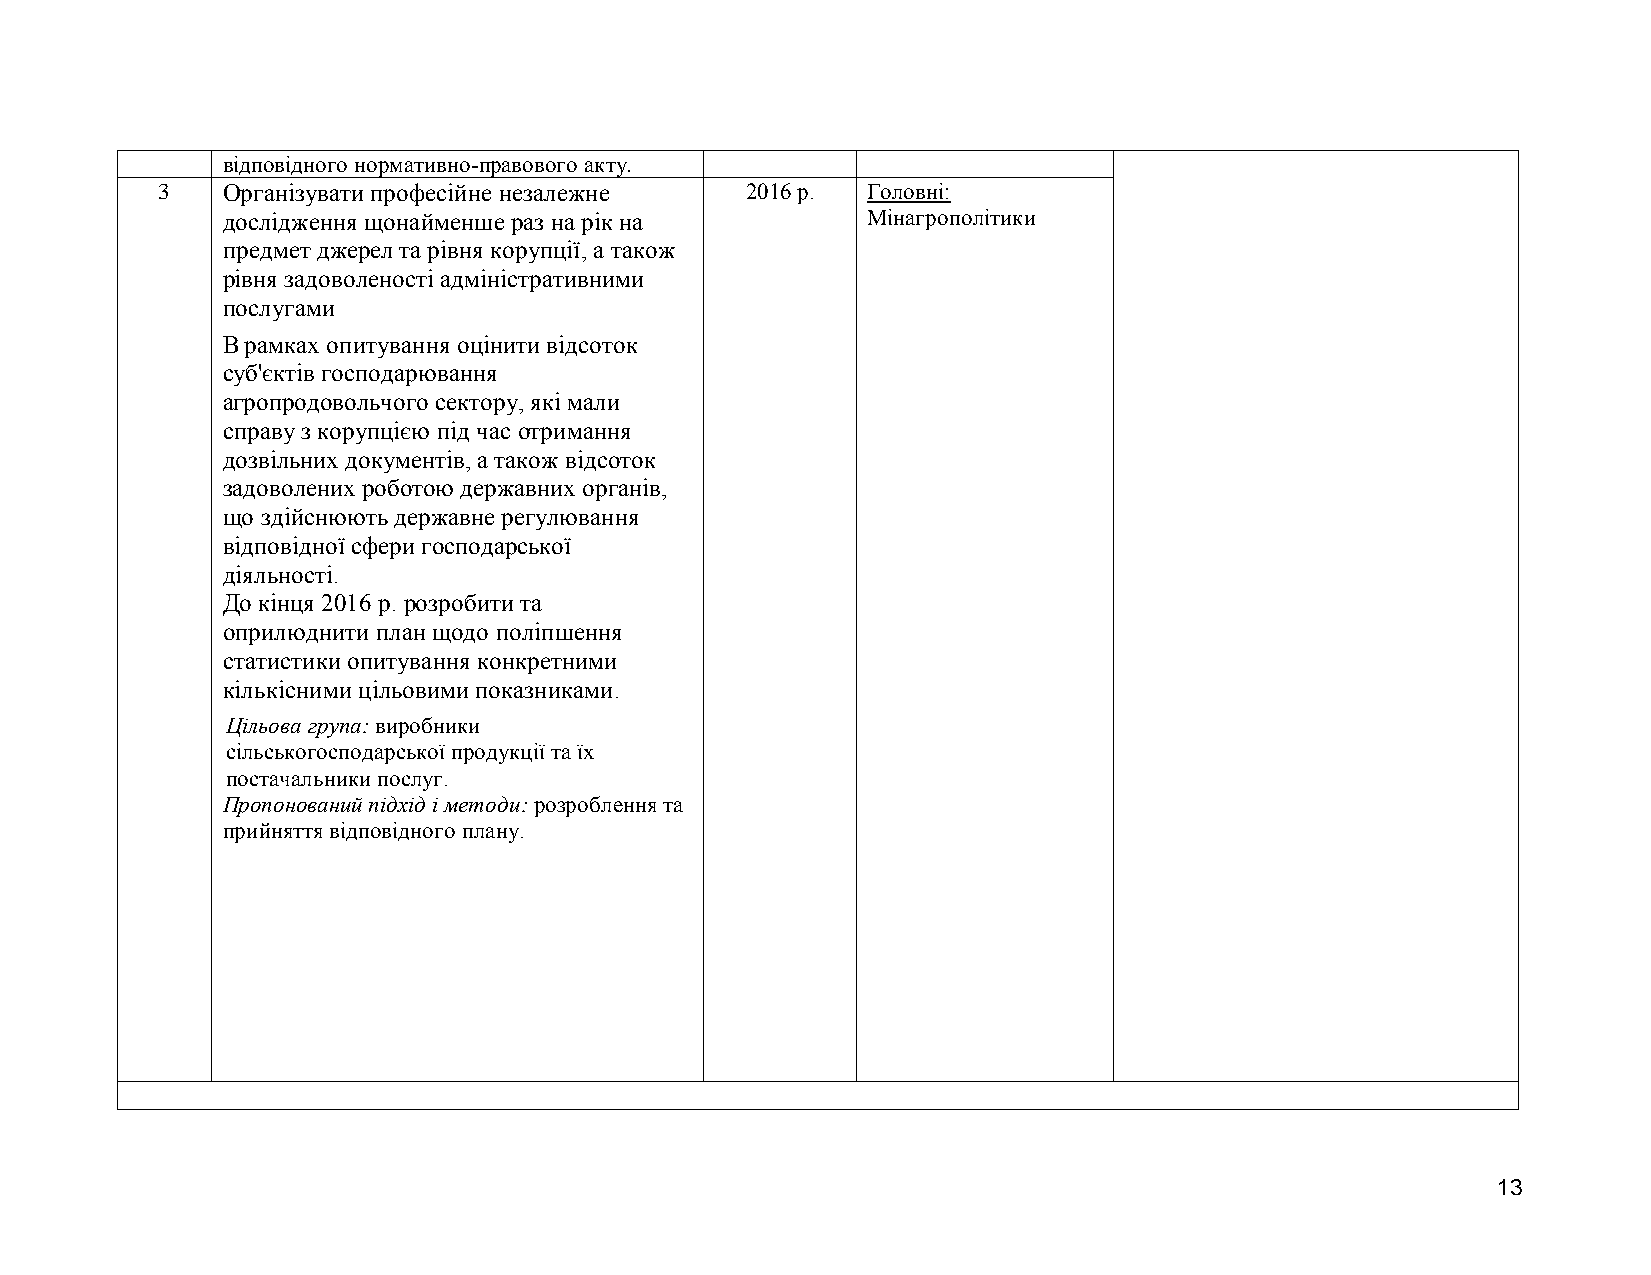
відповідного нормативно-правового акту.
 3    Організувати професійне незалежне 2016 р. Головні:
 дослідження щонайменше раз на рік на      Мінагрополітики
 предмет джерел та рівня корупції, а також
 рівня задоволеності адміністративними
 послугами
 В рамках опитування оцінити відсоток
 суб'єктів господарювання
 агропродовольчого сектору, які мали
 справу з корупцією під час отримання
 дозвільних документів, а також відсоток
 задоволених роботою державних органів,
 що здійснюють державне регулювання
 відповідної сфери господарської
 діяльності.
 До кінця 2016 р. розробити та
 оприлюднити план щодо поліпшення
 статистики опитування конкретними
 кількісними цільовими показниками.
 Цільова група: виробники
 сільськогосподарської продукції та їх
 постачальники послуг.
 Пропонований підхід і методи: розроблення та
 прийняття відповідного плану.
 13